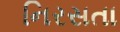
નિરસતા